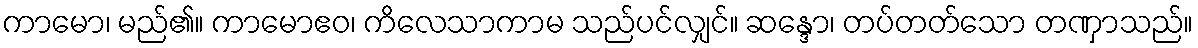
ကာမော၊ မည်၏။ ကာမောဧဝ၊ ကိလေသာကာမ သည်ပင်လျှင်။ ဆန္ဒော၊ တပ်တတ်သော တဏှာသည်။